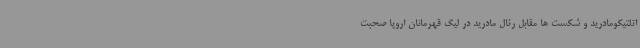
اتلتیکومادرید و شکست ها مقابل رئال مادرید در لیگ قهرمانان اروپا صحبت